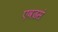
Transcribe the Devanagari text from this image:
एवढसं